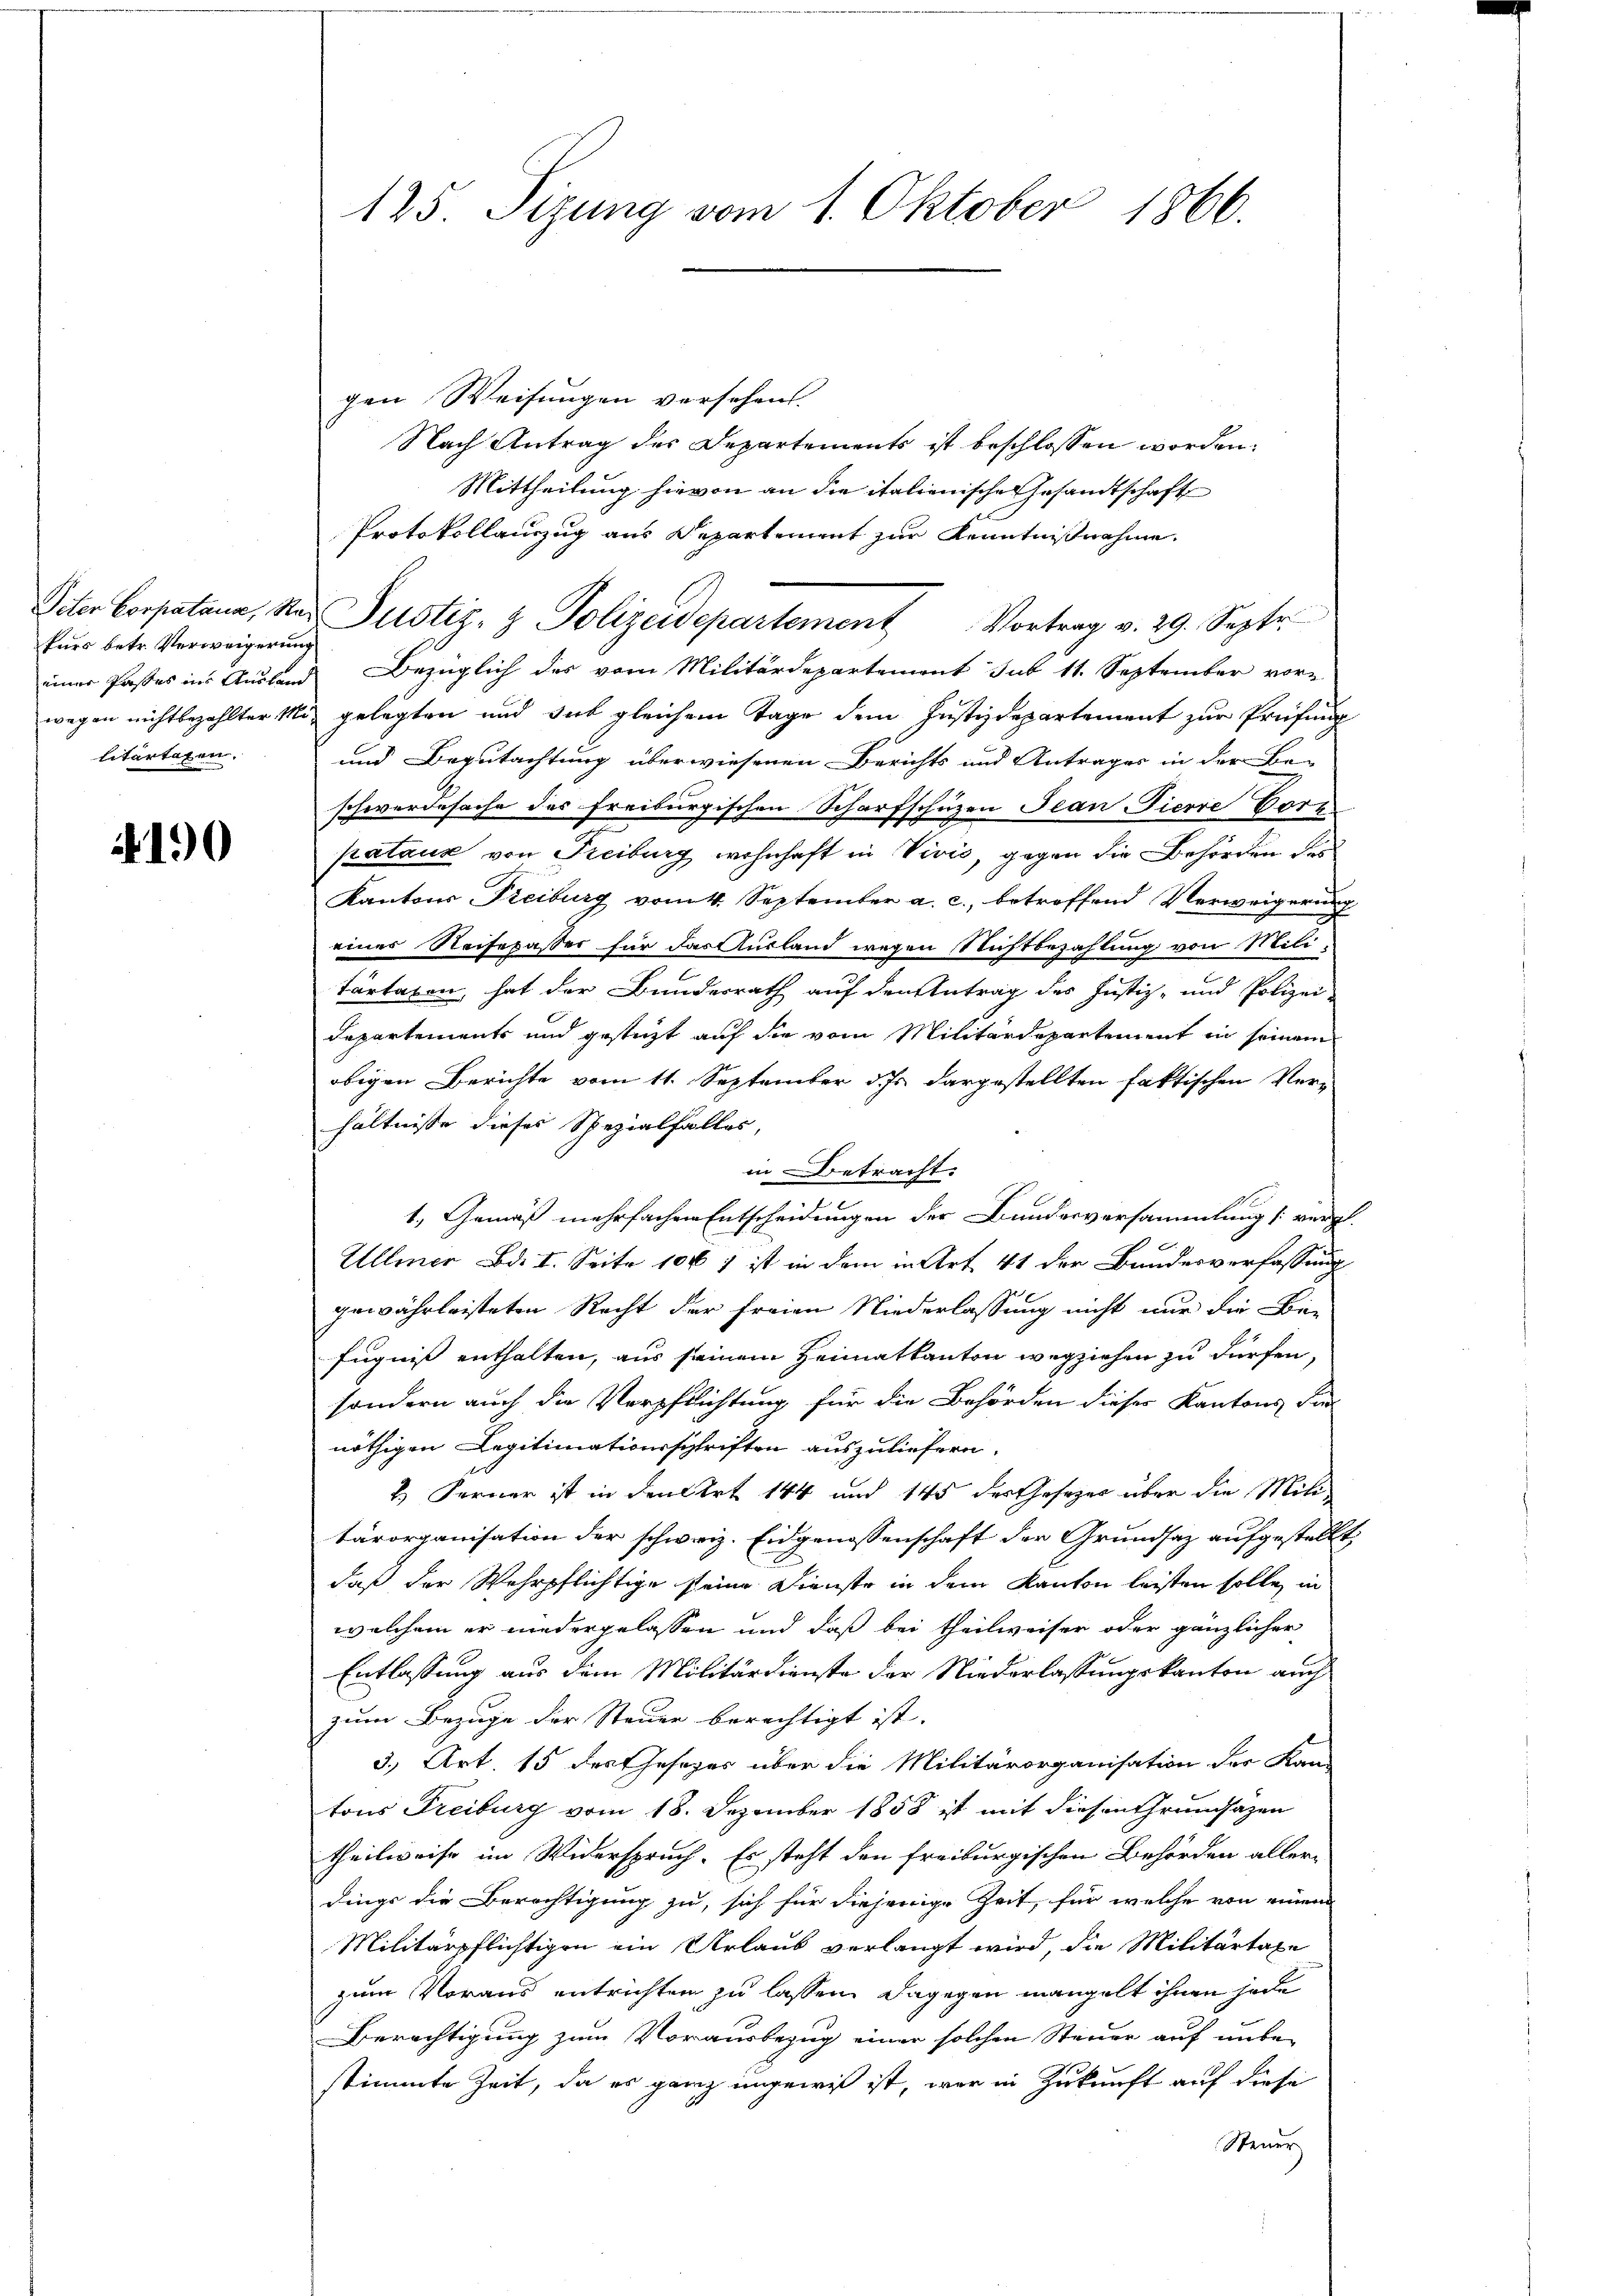
kurs betr. Verweigerung
litartagen.

190

gen Weisungen versehen.
Nach Antrag des Departements ist beschlossen worden.
Mittheilung hievon an die italienische Gesandtschaft
Protokollauszug aus Departement zur Kenntnißnahme.
einer Passes ins Ausland Bezüglich des vom Militärdepartement sub 11. September vor-
wegen nicht bezahlter Mit gelegten und sich gleichem Tage dem Justizdepartement zur Prüfung
und Begutachtung überwiesenen Berichts und Antrages in der Be-
schwerdesache des Freiburgischen Scharfschüzen Jean Pierre Corr
Pataux von Freiburg wohnhaft in Vivis, gegen die Behörden des
Kantons Freiburg vom 4. September a. c., betreffend Verweigerung
einer Reisepasser für das Ausland wegen Nichtbezahlung von Mili-
tartagen, hat der Bundesrath auf den Antrag des Justiz- und Polizei-
Departements und gestüzt auf die vom Militärdepartement in seinem
obigen Berichte vom 11. September d. Js. dargestellten faktischen Ver-
hältnisse dieses Spezialfalles,
in Betracht.
1. Gemäß mehrfachen Entscheidungen der Bundesversammlung [vergl.
Ullmer Bd. I. Seite 1067 ist in dem in Art 41 der Bundesverfassung
gewährleisteten Recht der Freien Niederlassung nicht nur die Be-
fugniß enthalten, aus seinem Heimatkanton wegziehen zu dürfen,
sondern auch die Verpflichtung für die Behörden dieser Kantons die
nöthigen Legitimationsschriften auszuliefern.
2.) Ferner ist in den Art 144 und 145 der Gesetzes über die Miti
tärorganisation der schweiz. Eidgenossenschaft der Grundsaz aufgestellt,
daß der Wehrpflichtige seine Dienste in dem Kanton leisten solle, in
welchem er niedergelassen und daß bei theilweiser oder gänzlicher
Entlassung aus dem Militärdienste der Niederlassungskanton auch
zum Bezuge der Steuer berechtigt ist. |
3., Art. 15 des Gesezes über die Militärorganisation der Kan-
tons Freiburg vom 18. Dezember 1858 ist mit diesen Grundsäzen
theilweise im Widerspruch. Es steht den freiburgischen Behörden aller-
dings die Berechtigung zu, sich für diejenige Zeit, für welche von einem
Militärpflichtigen ein Urlaub verlangt wird, die Militärtaxe
zum Voraus entrichten zu lassen. Dagegen mangelt ihnen jede
Berechtigung zum Vorausbezug einer solchen Steuer auf unbe-
stimmte Zeit, da es ganz ungewis ist, war in Zukunft auf diese
Steuer

125. Sizung vom 1. Oktober 1866.

Viter Corpatana, Mad Justiz- & Polizeidepartement Vortrag v. 29. Septe